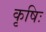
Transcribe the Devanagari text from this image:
कृषिः